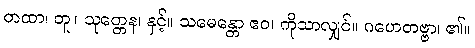
တထာ၊ တူ။ သုတ္တေန၊ နှင့်။ သမေန္တော ဧဝ၊ ကိုသာလျှင်။ ဂဟေတဗ္ဗာ၊ ၏။